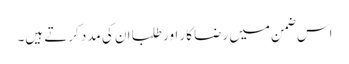
اس ضمن میں رضا کار اور طلبا ان کی مدد کرتے ہیں۔